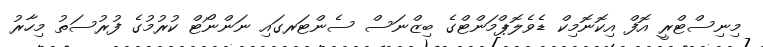
މިނިސްޓްރީ އޮފް އިކޮނޮމިކް ޑެވެލޮޕްމަންޓްގެ ބިޒްނަސް ސެންޓަރގައި ނަންނޯޓް ކުރުމުގެ ފުރުސަތު މިހާރު